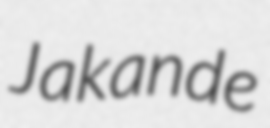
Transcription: Jakande